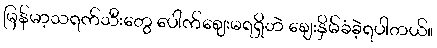
မြန်မာ့သရက်သီးတွေ ပေါက်ဈေးမရရှိဘဲ ဈေးနှိမ်ခံခဲ့ရပါတယ်။